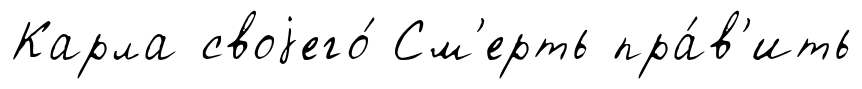
Карла своjего́ См'ерть пра́в'ить